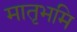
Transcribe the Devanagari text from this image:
मातृभमि